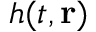
h ( t , \mathbf { r } )